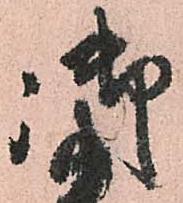
御